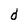
Character: d